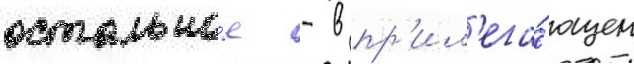
остально́е - в пр'ил'ега́ющем